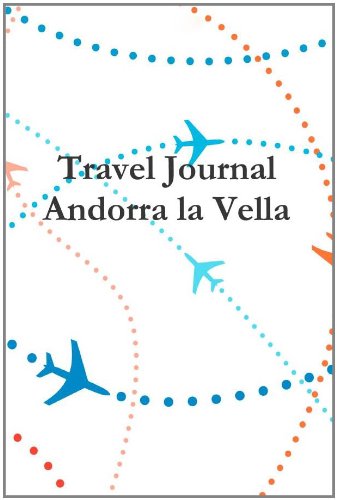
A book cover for Travel Journal Andorra La Vella; E Locken; Travel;